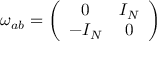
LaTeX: \omega _ { a b } = \left( \begin{array} { c c } { { 0 } } & { { I _ { N } } } \\ { { - I _ { N } } } & { { 0 } } \end{array} \right)